Vaccination in Burma 1900-1911 - 1900-1911
Year: 1900
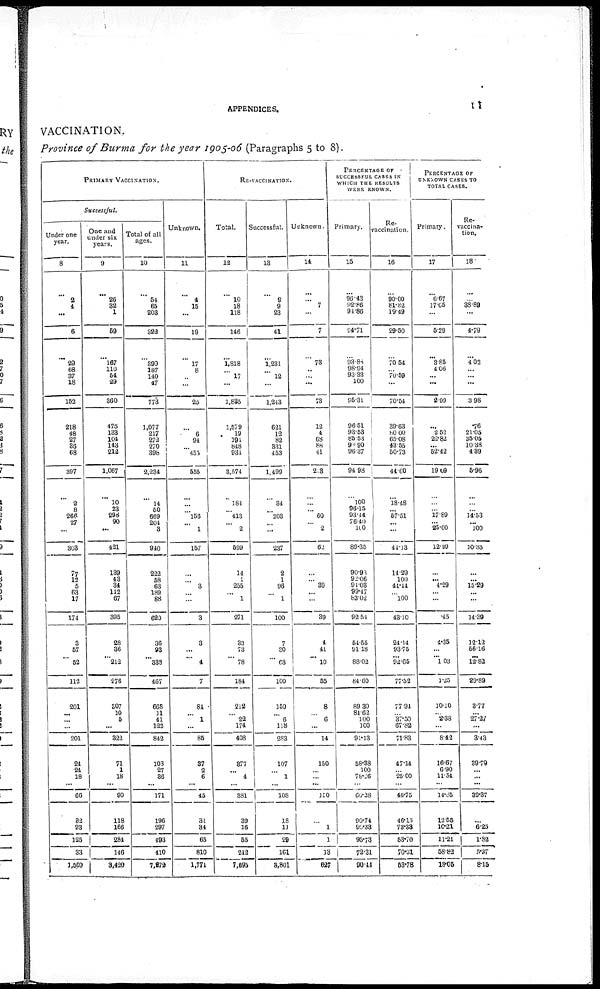
APPENDICES.
11
VACCINATION.
Province of Burma for the year 1905-06 (Paragraphs 5 to 8).
PRIMARY VACCINATION.
Successful.
Under one
year.
8
...
2
4
...
6
...
29
68
37
18
152
218
48
27
36
68
397
2
8
266
27
...
303
77
12
5
63
17
174
3
57
...
52
112
201
...
...
...
201
24
24
18
...
66
32
93
125
33
1,569
One and
under six
years.
9
...
26
32
1
59
...
167
110
54
29
360
475
133
104
143
212
1,067
10
23
298
90
...
421
139
43
34
112
67
395
28
36
... 212
276
807
10
5
...
322
71
1
18
...
90
118
166
284
146
3,420
Total of all
ages.
10
...
54
65
203
322
...
399
187
140
47
773
1,077
217
272
270
398
2,234
14
50
669 204
3
940
222
68
63
189
88
620
36
93
... 338
467
668
11
41
122
842
103
27
36
...
171
196
297
493
410
7,972
Unknown.
11
...
4
15
...
19
...
17
8
...
...
25
...
6
94
...
455
555
...
... 156
...
1
157
...
...
3
... ...
3
3
...
...
4
7
84
...
1
...
85
37
2
6
...
45
31
34
65
810
1,771
RE-VACCINATION.
Total.
12
...
10
18
118
146
...
1,818
...
17
...
1,835
1,579
19
191
848
934
3,574
184
... 413
...
2
599
14
1
255
...
1
271
33
73
...
78
184
212
...
22
174
408
877
...
4
...
381
39
16
55
212
7,695
Successful.
13
...
9
9
23
41
...
1,231
...
12
...
1,243
621
12
82
331
453
1,499
34
...
... ...
...
237
2
1
96
...
1
100
7
30
...
63
100
159
... 6
118
283
107
...
1
...
108
18
11
29
161
3,801
Unknown.
14
...
... 7
...
7
...
73
...
... ...
73
12
4
68
88
41
2.3
... ... 60
...
2
62
...
...
39
...
...
89
4
41
...
10
55
8
...
6
...
14
150
... ...
...
150
...
1
1
13
627
PERCENTAGE OF
SUCCESSFUL CASES IN
WHICH THE RESULTS
WERE KNOWN.
Primary.
15
...
96.43
92.86
94.86
94.71
...
93.88
98.94
93.33
100
95.31
96.51
93.53
85.54
94.90
96.37
94.93
100
96.15
93.44
76.40
100
89.35
90.93
92.06
94.03
99.17
83.02
92.51
54.55
91.18
... 88.02
84.60
89.30
84.62
100
100
91.13
58.38
100
78.26
...
66.28
90.74
99.33
95.73
72.31
90.44
Re-
vaccination.
16
...
90.00
81.82
19.49
29.50
...
70.54
... 70.59
...
70.54
39.63
80.00
65.08
43.55
50.73
44.60
18.48
...
... ...
...
44.13
14.29
100
41.14
... 100
43.10
24.14
93.75
... 92.65
77.52
77.91
... 37.50
67.82
71.83
47.14
... 25.00
...
46.75
46.15
73.38
53.70
70.31
53.78
PERCENTAGE OF
UNKNOWN CASES TO
TOTAL CASES.
Primary.
17
...
6.67
17.65
...
5.29
...
3.85
4.06
... ...
2.99
...
25.2
22.82
... 52.42
19.09
...
... 17.89
... 25.00
12.99
...
... 4.29
...
...
.45
4.35
...
... 1.03
1.25
10.10
... 2.38
...
8.42
16.67
6.90
11.54
...
14.55
12.55
10.21
11.21
68.83
18.05
Re-
vaccina-
tion.
18
...
... 38.89
...
4.79
...
4.02
... ...
...
3.98
.76
21.05
35.05
10.38
4.39
5.96
...
... 14.53
...
100
10.35
...
... 15.29
... ...
14.39
12.12
56.16
... 12.82
29.89
3.77
...
27.27
...
3.43
39.79
... ...
...
39.37
...
6.25
1.82
5.27
8.15